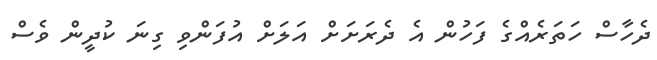
ދެހާސް ހަތަރެއްގެ ފަހުން އެ ދެރަށަށް އަލަށް އުފަންވި ގިނަ ކުދީން ވެސް